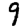
Digit: 9